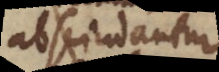
bscindantur.